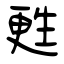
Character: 甦